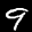
Label: 9